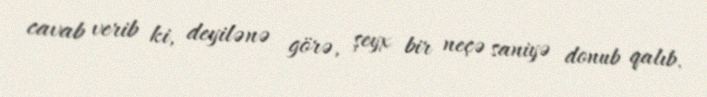
cavab verib ki, deyilənə görə, şeyx bir neçə saniyə donub qalıb.